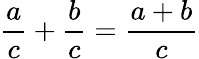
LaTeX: {\frac{a}{c}}+{\frac{b}{c}}={\frac{a+b}{c}}